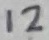
Text: 12